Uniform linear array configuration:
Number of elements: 48
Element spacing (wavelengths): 0.5
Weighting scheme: uniform
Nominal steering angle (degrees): -45
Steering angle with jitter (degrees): -44.161
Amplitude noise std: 0.05
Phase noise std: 0.05

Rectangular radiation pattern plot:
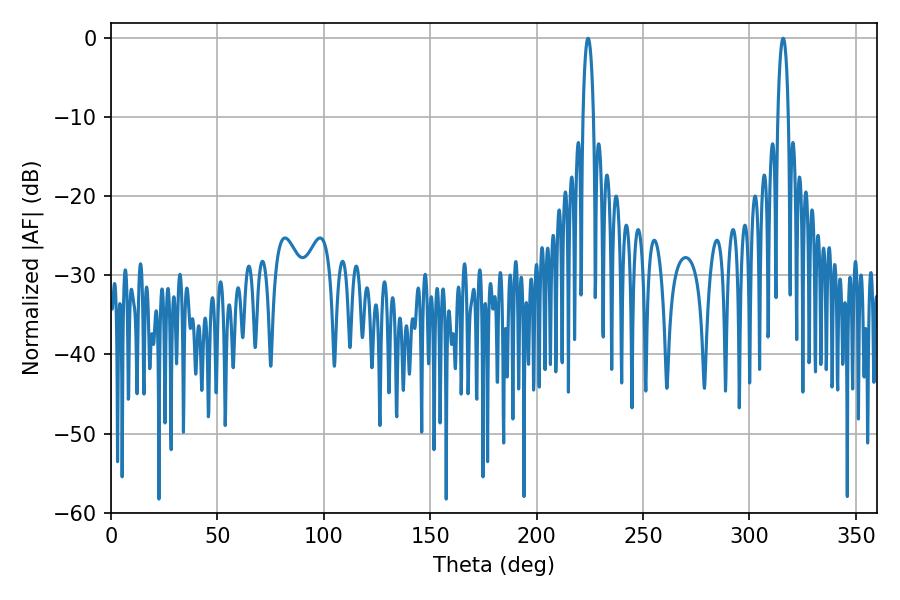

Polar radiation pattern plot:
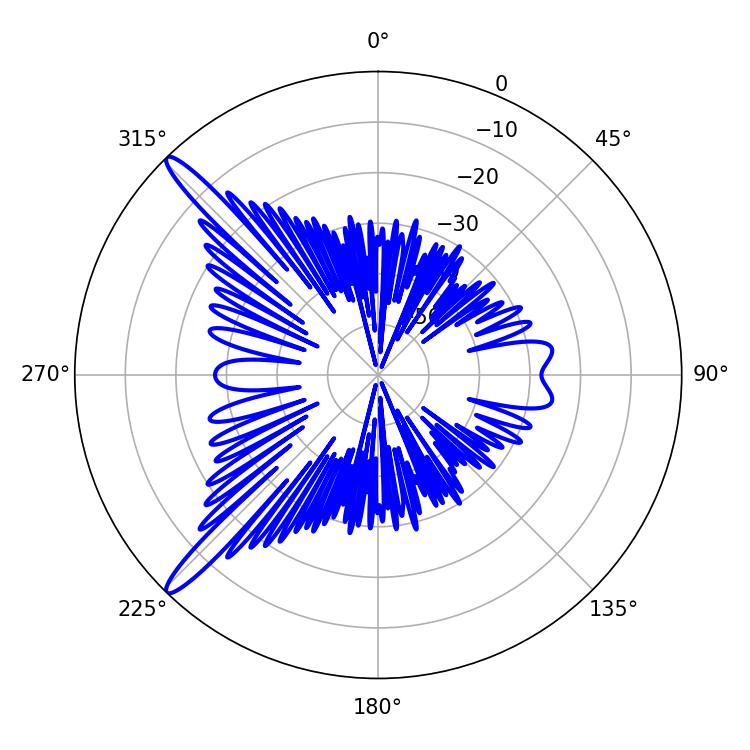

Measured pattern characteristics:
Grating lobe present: FALSE
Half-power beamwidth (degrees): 2.7
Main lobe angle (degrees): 315.9